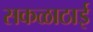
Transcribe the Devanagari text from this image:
सकळाठाई